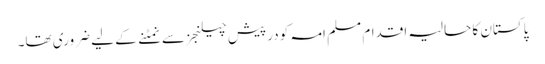
پاکستان کا حالیہ اقدام مسلم امہ کو درپیش چیلنجز سے نمٹنے کے لیے ضروری تھا۔